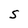
Character: S